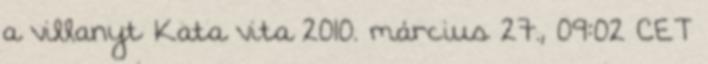
a villanyt Kata vita 2010. március 27., 09:02 CET